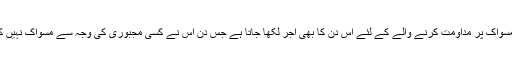
٭ مسواک پر مداومت کرنے والے کے لئے اس دن کا بھی اجر لکھا جاتا ہے جس دن اس نے کسی مجبوری کی وجہ سے مسواک نہیں کی۔